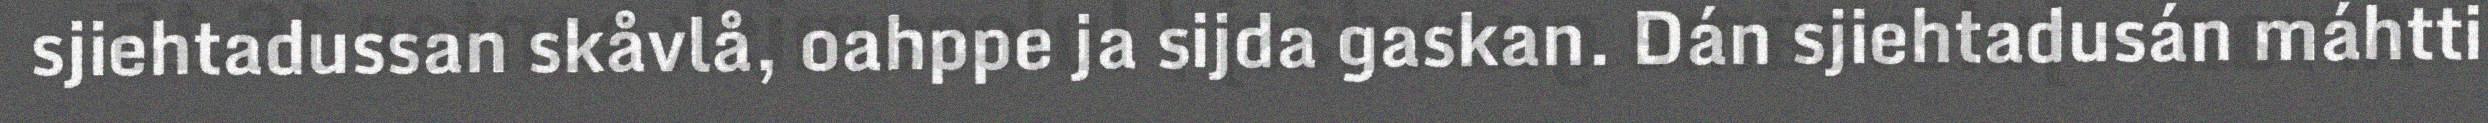
sjiehtadussan skåvlå, oahppe ja sijda gaskan. Dán sjiehtadusán máhtti